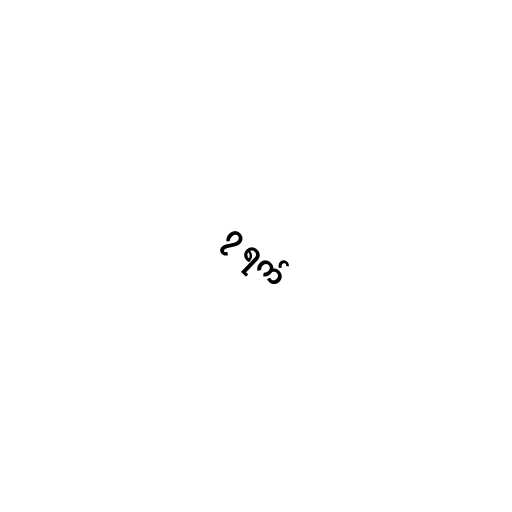
၇ ရက်